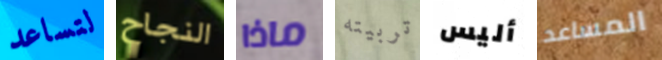
لتساعد النجاح ماذا تربيته أليس المساعد